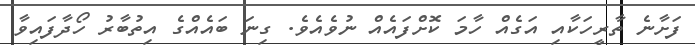
ފަށާނެ ތާރީހަކާއި އަގެއް ހާމަ ކޮށްފައެއް ނުވެއެވެ. ގިނަ ބައެއްގެ އިތުބާރު ހޯދާފައިވާ